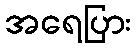
အရေပြား